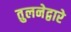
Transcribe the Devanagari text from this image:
तुलनेद्वारे